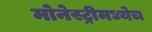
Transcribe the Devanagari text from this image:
मोनेस्ट्रीमध्येच